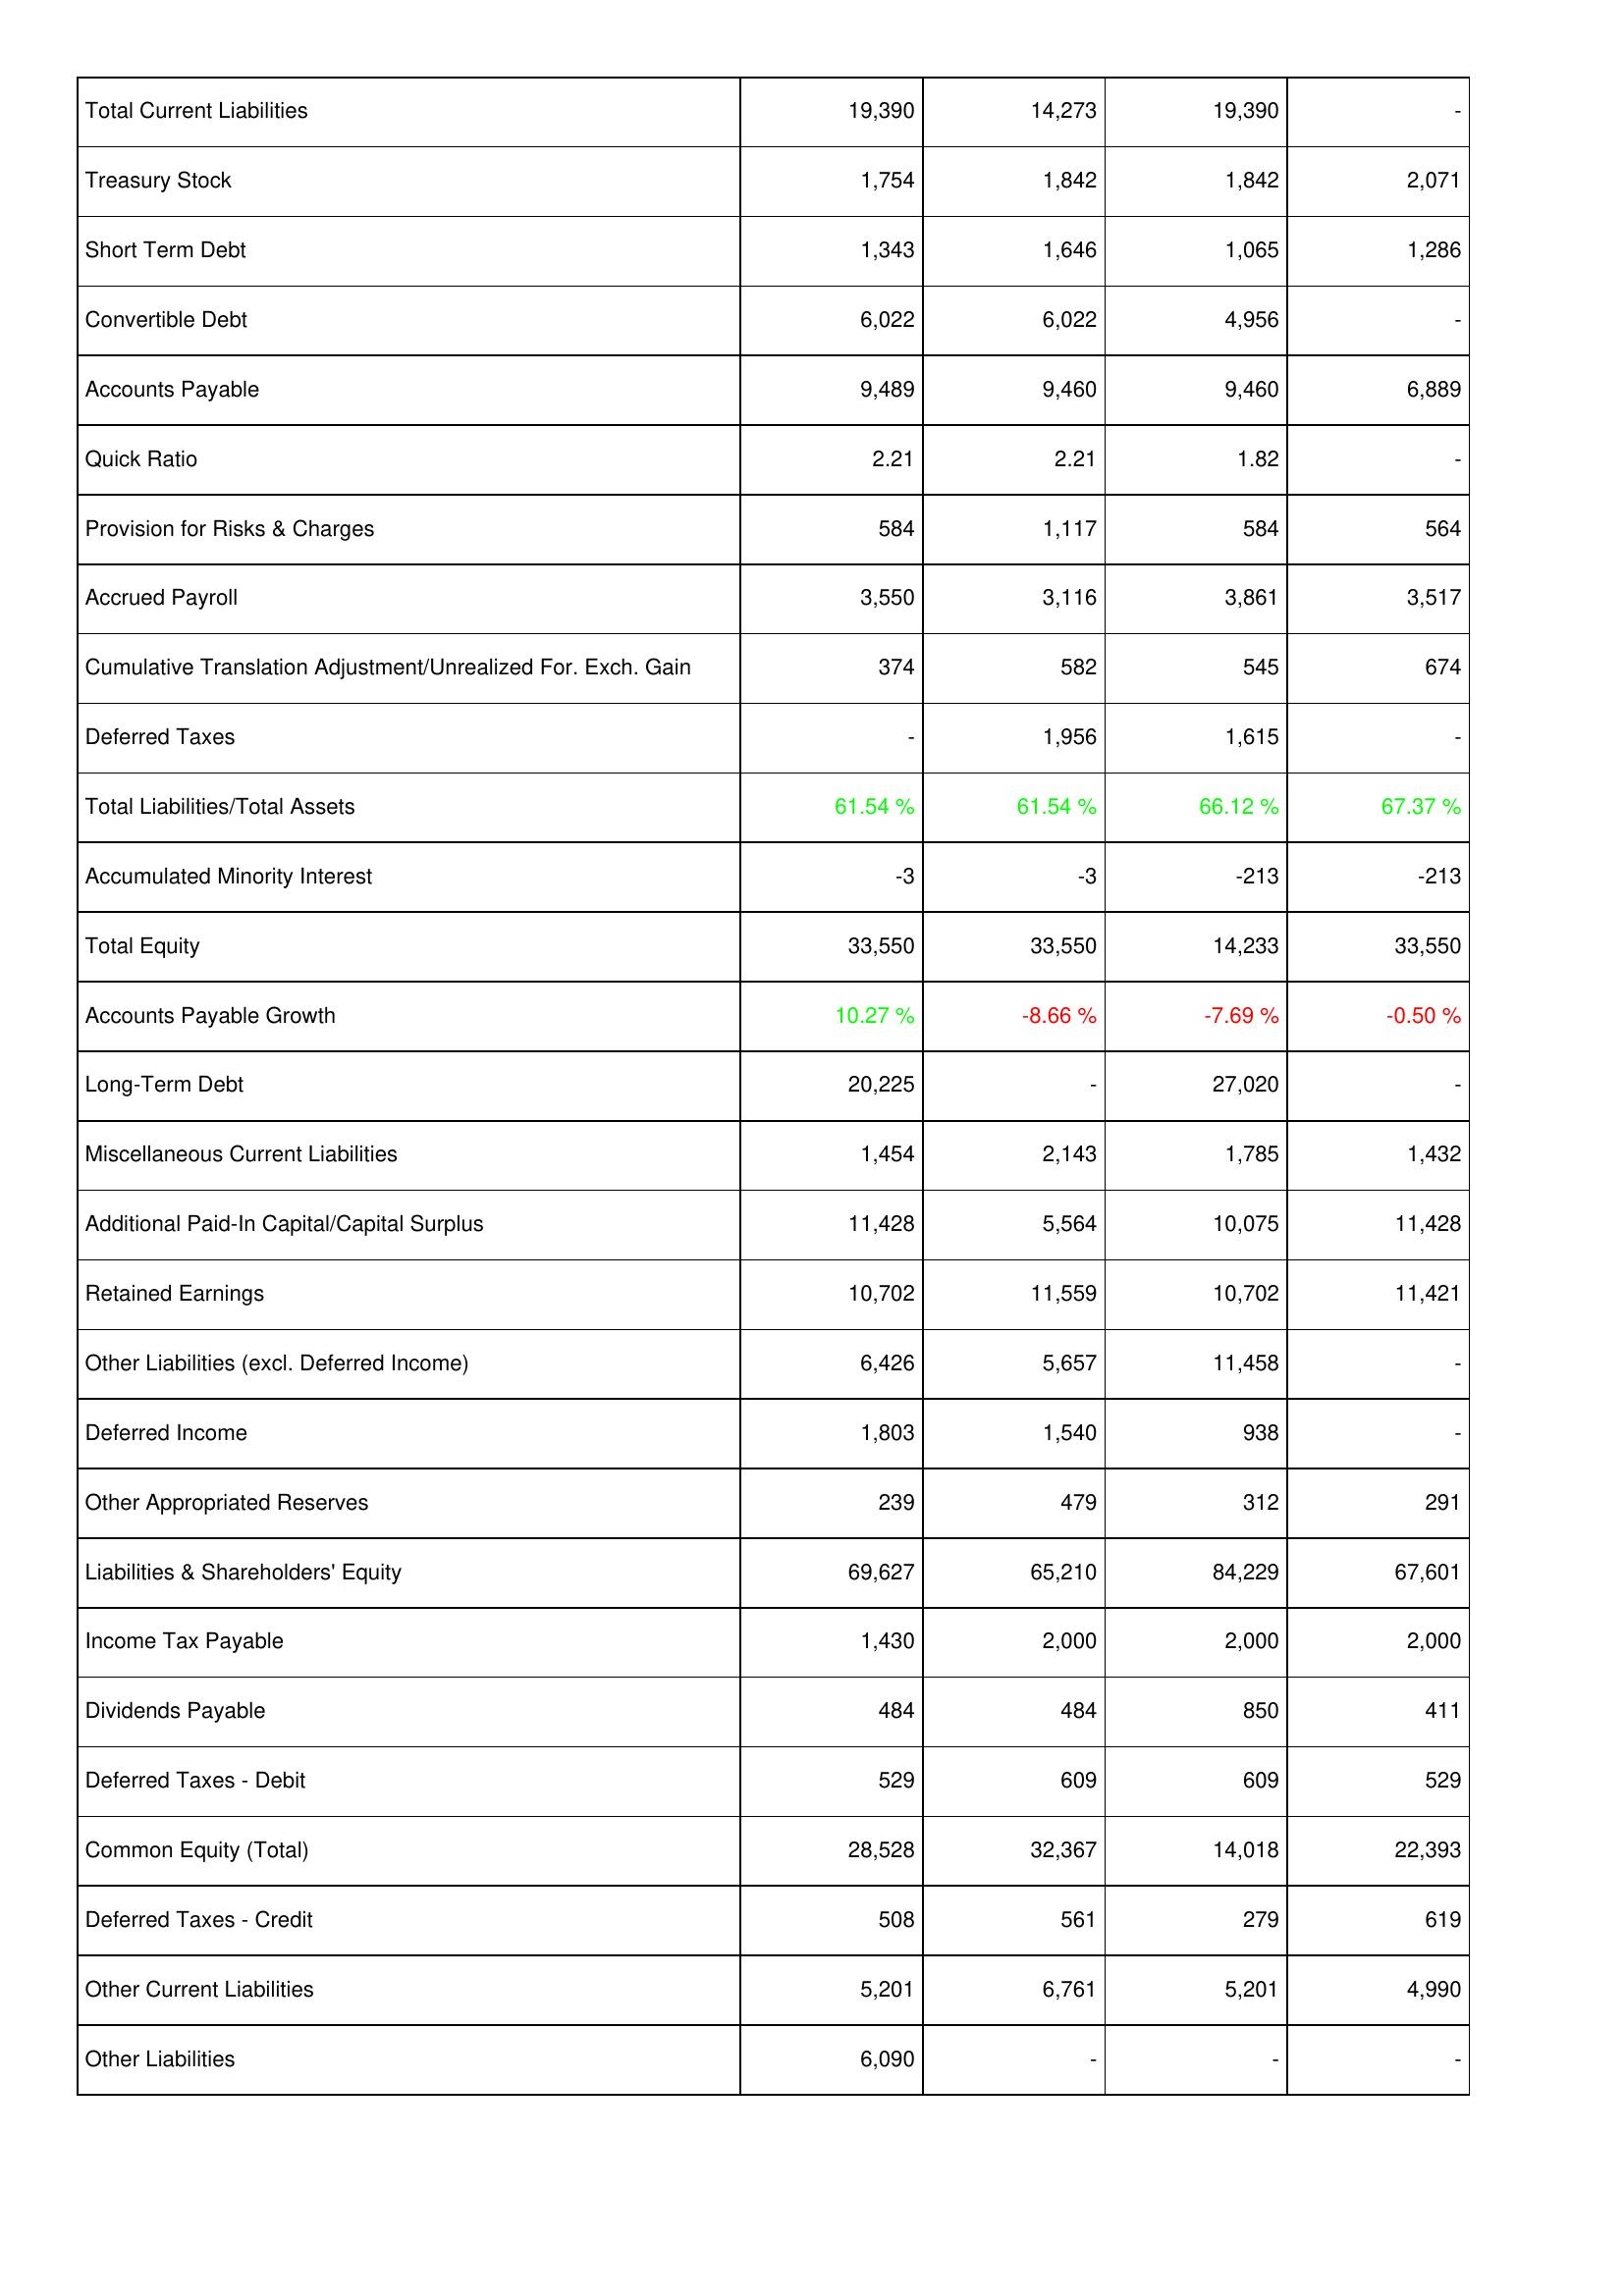
2013: Liabilities & Shareholders' Equity: Total Current Liabilities: 19,390
Treasury Stock: 1,754
Short Term Debt: 1,343
Convertible Debt: 6,022
Accounts Payable: 9,489
Quick Ratio: 2.21
Provision for Risks & Charges: 584
Accrued Payroll: 3,550
Cumulative Translation Adjustment/Unrealized For. Exch. Gain: 374
Deferred Taxes: -
Total Liabilities/Total Assets: 61.54 %
Accumulated Minority Interest: -3
Total Equity: 33,550
Accounts Payable Growth: 10.27 %
Long-Term Debt: 20,225
Miscellaneous Current Liabilities: 1,454
Additional Paid-In Capital/Capital Surplus: 11,428
Retained Earnings: 10,702
Other Liabilities (excl. Deferred Income): 6,426
Deferred Income: 1,803
Other Appropriated Reserves: 239
Liabilities & Shareholders' Equity: 69,627
Income Tax Payable: 1,430
Dividends Payable: 484
Deferred Taxes - Debit: 529
Common Equity (Total): 28,528
Deferred Taxes - Credit: 508
Other Current Liabilities: 5,201
Other Liabilities: 6,090
2012: Liabilities & Shareholders' Equity: Total Current Liabilities: 14,273
Treasury Stock: 1,842
Short Term Debt: 1,646
Convertible Debt: 6,022
Accounts Payable: 9,460
Quick Ratio: 2.21
Provision for Risks & Charges: 1,117
Accrued Payroll: 3,116
Cumulative Translation Adjustment/Unrealized For. Exch. Gain: 582
Deferred Taxes: 1,956
Total Liabilities/Total Assets: 61.54 %
Accumulated Minority Interest: -3
Total Equity: 33,550
Accounts Payable Growth: -8.66 %
Long-Term Debt: -
Miscellaneous Current Liabilities: 2,143
Additional Paid-In Capital/Capital Surplus: 5,564
Retained Earnings: 11,559
Other Liabilities (excl. Deferred Income): 5,657
Deferred Income: 1,540
Other Appropriated Reserves: 479
Liabilities & Shareholders' Equity: 65,210
Income Tax Payable: 2,000
Dividends Payable: 484
Deferred Taxes - Debit: 609
Common Equity (Total): 32,367
Deferred Taxes - Credit: 561
Other Current Liabilities: 6,761
Other Liabilities: -
2011: Liabilities & Shareholders' Equity: Total Current Liabilities: 19,390
Treasury Stock: 1,842
Short Term Debt: 1,065
Convertible Debt: 4,956
Accounts Payable: 9,460
Quick Ratio: 1.82
Provision for Risks & Charges: 584
Accrued Payroll: 3,861
Cumulative Translation Adjustment/Unrealized For. Exch. Gain: 545
Deferred Taxes: 1,615
Total Liabilities/Total Assets: 66.12 %
Accumulated Minority Interest: -213
Total Equity: 14,233
Accounts Payable Growth: -7.69 %
Long-Term Debt: 27,020
Miscellaneous Current Liabilities: 1,785
Additional Paid-In Capital/Capital Surplus: 10,075
Retained Earnings: 10,702
Other Liabilities (excl. Deferred Income): 11,458
Deferred Income: 938
Other Appropriated Reserves: 312
Liabilities & Shareholders' Equity: 84,229
Income Tax Payable: 2,000
Dividends Payable: 850
Deferred Taxes - Debit: 609
Common Equity (Total): 14,018
Deferred Taxes - Credit: 279
Other Current Liabilities: 5,201
Other Liabilities: -
2010: Liabilities & Shareholders' Equity: Total Current Liabilities: -
Treasury Stock: 2,071
Short Term Debt: 1,286
Convertible Debt: -
Accounts Payable: 6,889
Quick Ratio: -
Provision for Risks & Charges: 564
Accrued Payroll: 3,517
Cumulative Translation Adjustment/Unrealized For. Exch. Gain: 674
Deferred Taxes: -
Total Liabilities/Total Assets: 67.37 %
Accumulated Minority Interest: -213
Total Equity: 33,550
Accounts Payable Growth: -0.50 %
Long-Term Debt: -
Miscellaneous Current Liabilities: 1,432
Additional Paid-In Capital/Capital Surplus: 11,428
Retained Earnings: 11,421
Other Liabilities (excl. Deferred Income): -
Deferred Income: -
Other Appropriated Reserves: 291
Liabilities & Shareholders' Equity: 67,601
Income Tax Payable: 2,000
Dividends Payable: 411
Deferred Taxes - Debit: 529
Common Equity (Total): 22,393
Deferred Taxes - Credit: 619
Other Current Liabilities: 4,990
Other Liabilities: -